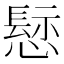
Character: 𢡪